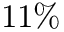
1 1 \%